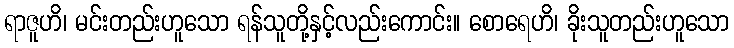
ရာဇူဟိ၊ မင်းတည်းဟူသော ရန်သူတို့နှင့်လည်းကောင်း။ စောရေဟိ၊ ခိုးသူတည်းဟူသော